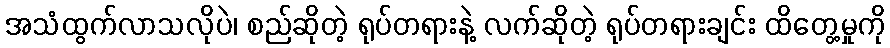
အသံထွက်လာသလိုပဲ၊ စည်ဆိုတဲ့ ရုပ်တရားနဲ့ လက်ဆိုတဲ့ ရုပ်တရားချင်း ထိတွေ့မှုကို